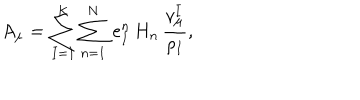
A _ { \mu } = \sum _ { I = 1 } ^ { K } \sum _ { n = 1 } ^ { N } \, e _ { I } ^ { n } \, H _ { n } \, { \frac { v _ { \mu } ^ { I } } { \rho _ { I } } } ,